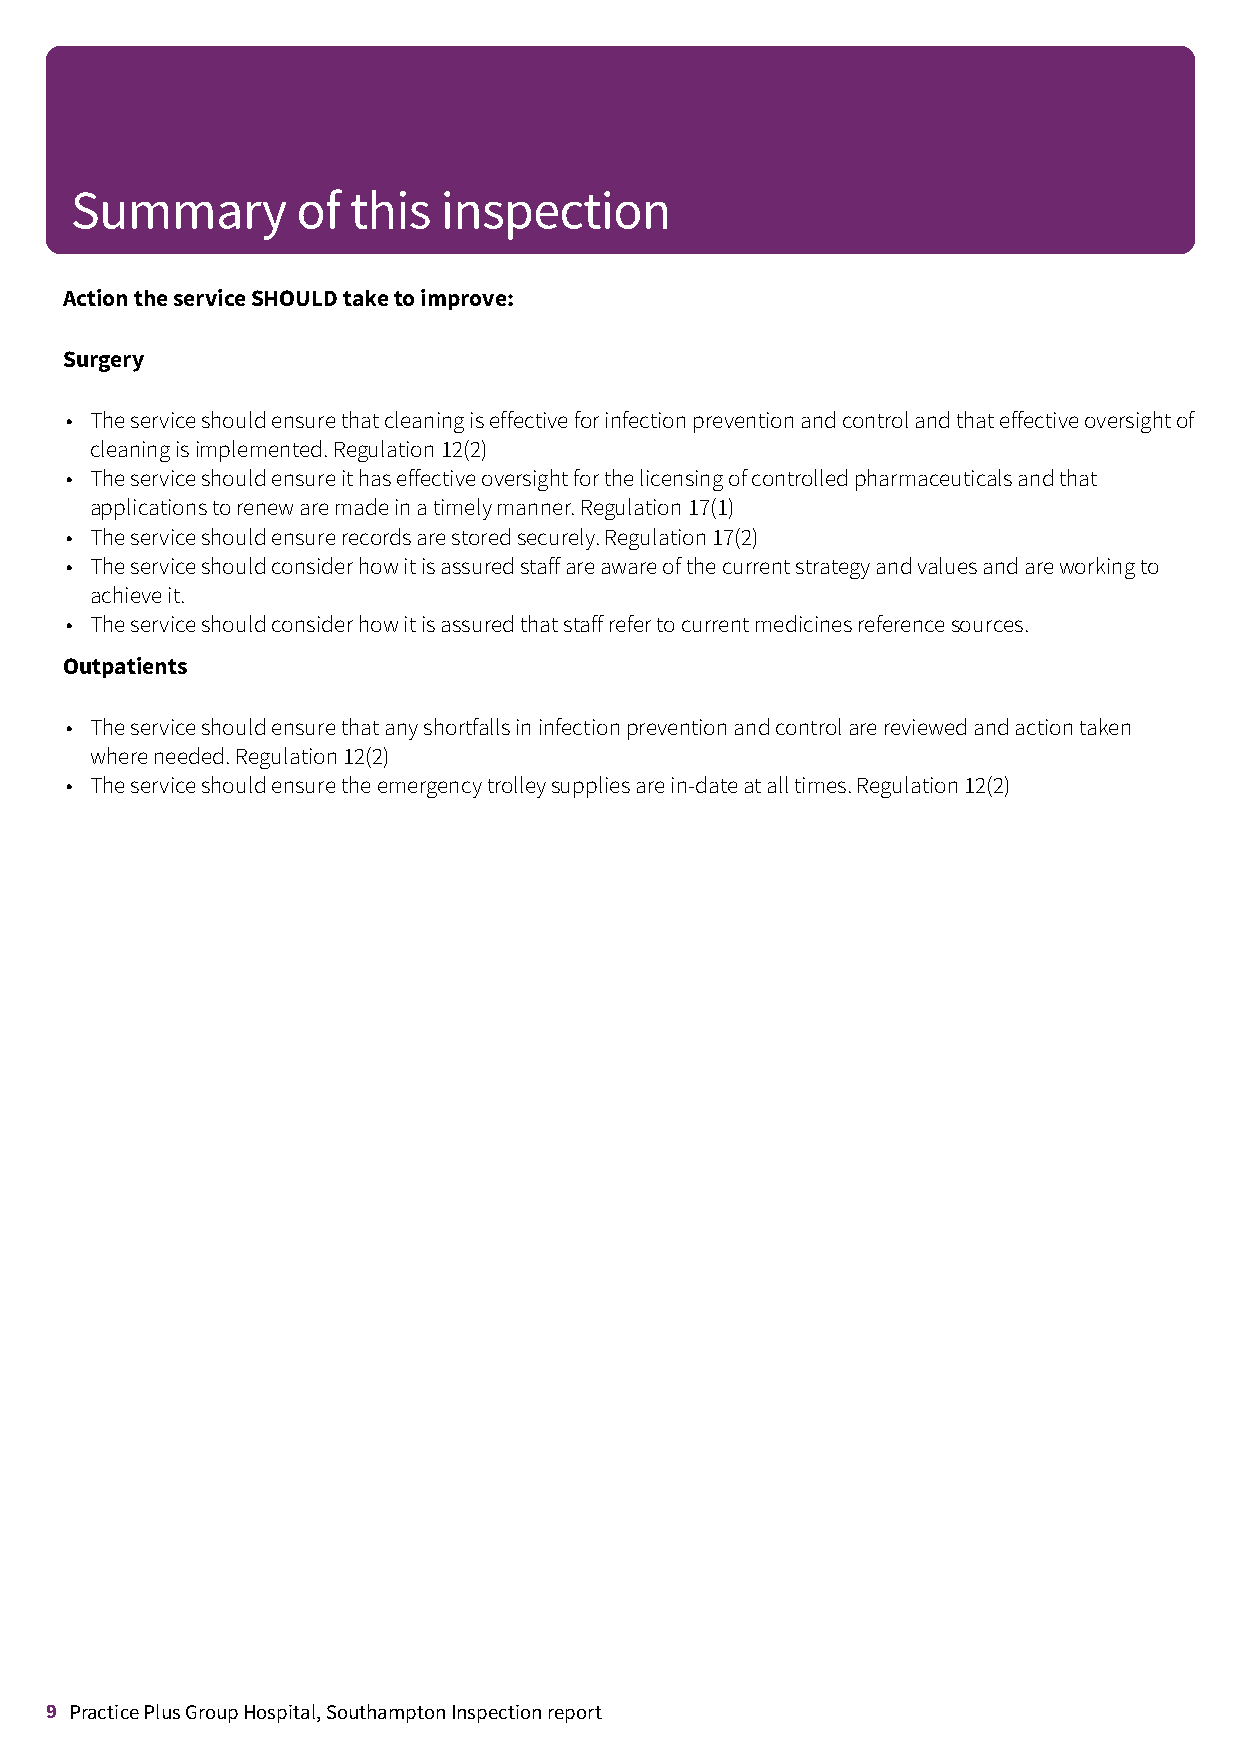
Summary        of this  inspection
 ActiontheserviceSHOULDtaketoimprove:
 Surgery
 • Theserviceshouldensurethatcleaningiseffectiveforinfectionpreventionandcontrolandthateffectiveoversightof
 cleaningisimplemented.Regulation12(2)
 • Theserviceshouldensureithaseffectiveoversightforthelicensingofcontrolledpharmaceuticalsandthat
 applicationstorenewaremadeinatimelymanner.Regulation17(1)
 • Theserviceshouldensurerecordsarestoredsecurely.Regulation17(2)
 • Theserviceshouldconsiderhowitisassuredstaffareawareofthecurrentstrategyandvaluesandareworkingto
 achieveit.
 • Theserviceshouldconsiderhowitisassuredthatstaffrefertocurrentmedicinesreferencesources.
 Outpatients
 • Theserviceshouldensurethatanyshortfallsininfectionpreventionandcontrolarereviewedandactiontaken
 whereneeded.Regulation12(2)
 • Theserviceshouldensuretheemergencytrolleysuppliesarein-dateatalltimes.Regulation12(2)
 9 Practice Plus Group Hospital, Southampton Inspection report